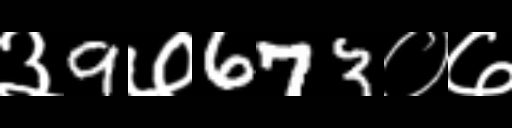
Text: ३9७673०७